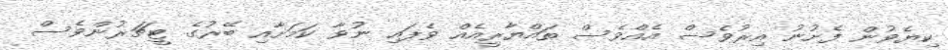
ކިޔެވުން ފެށުނު އިރުވެސް އެއްވެސް ތައްޔާރީއެއް ވެފައި ނުވާ ކަމަށާއި ބޭރުގެ ޓީޗަރުންވެސް